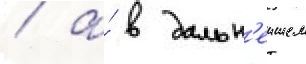
/ а́ в дальн'еишем